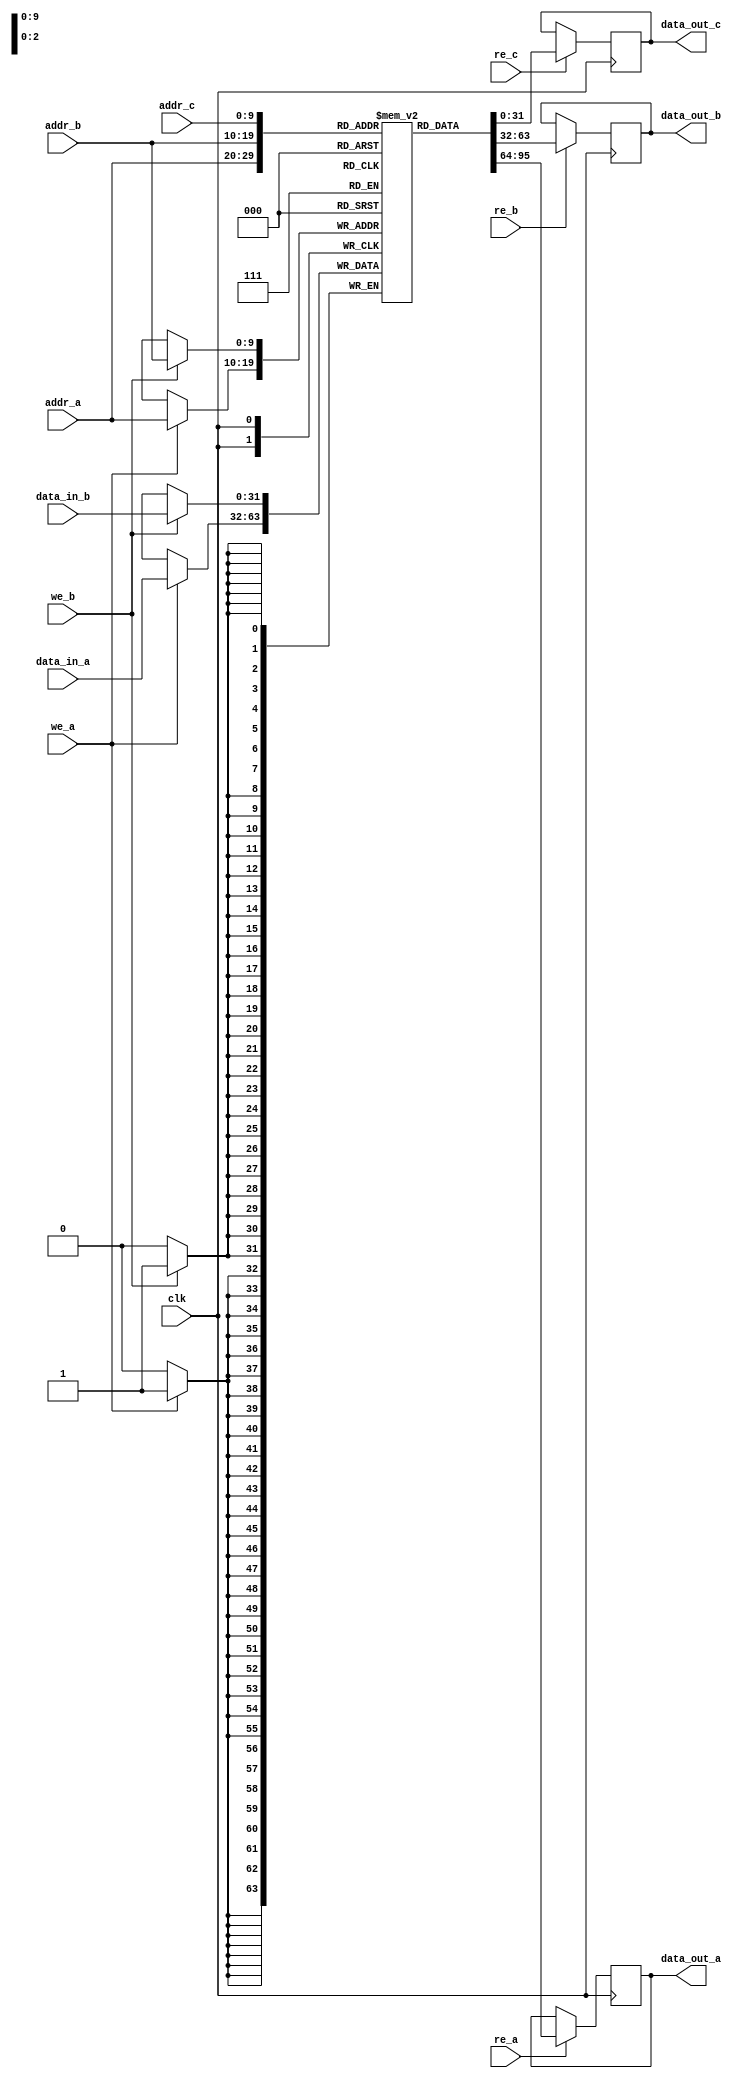
module triple_port_ram #(
    parameter DATA_WIDTH = 32,  // Width of the data bus
    parameter ADDR_WIDTH = 10,   // Width of the address bus
    parameter DEPTH = 1 << ADDR_WIDTH // Total number of memory locations
)(
    // Port A
    input wire [ADDR_WIDTH-1:0] addr_a,
    input wire [DATA_WIDTH-1:0] data_in_a,
    input wire we_a,
    input wire re_a,
    output reg [DATA_WIDTH-1:0] data_out_a,

    // Port B
    input wire [ADDR_WIDTH-1:0] addr_b,
    input wire [DATA_WIDTH-1:0] data_in_b,
    input wire we_b,
    input wire re_b,
    output reg [DATA_WIDTH-1:0] data_out_b,

    // Port C
    input wire [ADDR_WIDTH-1:0] addr_c,
    input wire re_c,
    output reg [DATA_WIDTH-1:0] data_out_c,

    input wire clk
);

    // Memory array declaration
    reg [DATA_WIDTH-1:0] mem [0:DEPTH-1];

    // Port A operations
    always @(posedge clk) begin
        if (we_a) begin
            mem[addr_a] <= data_in_a; // Write operation for Port A
        end
        if (re_a) begin
            data_out_a <= mem[addr_a]; // Read operation for Port A
        end
    end

    // Port B operations
    always @(posedge clk) begin
        if (we_b) begin
            mem[addr_b] <= data_in_b; // Write operation for Port B
        end
        if (re_b) begin
            data_out_b <= mem[addr_b]; // Read operation for Port B
        end
    end

    // Port C operations
    always @(posedge clk) begin
        if (re_c) begin
            data_out_c <= mem[addr_c]; // Read operation for Port C
        end
    end

endmodule